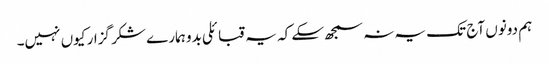
ہم دونوں آج تک یہ نہ سمجھ سکے کہ یہ قبائلی بدو ہمارے شکر گزار کیوں نہیں۔